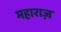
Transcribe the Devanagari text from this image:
महाराज़